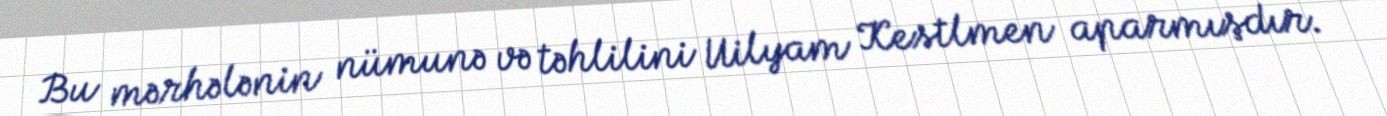
Bu mərhələnin nümunə və təhlilini Uilyam Kestlmen aparmışdır.